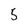
Character: 5